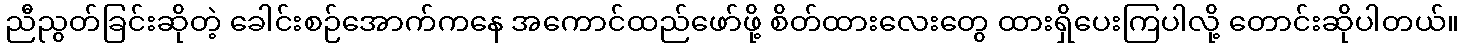
ညီညွတ်ခြင်းဆိုတဲ့ ခေါင်းစဉ်အောက်ကနေ အကောင်ထည်ဖော်ဖို့ စိတ်ထားလေးတွေ ထားရှိပေးကြပါလို့ တောင်းဆိုပါတယ်။